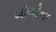
બોગીના